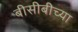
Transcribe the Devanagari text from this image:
बीसीबीच्या